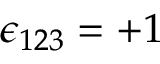
\epsilon _ { 1 2 3 } = + 1